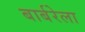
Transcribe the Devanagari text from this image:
बार्बरेला